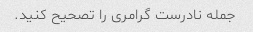
جمله نادرست گرامری را تصحیح کنید.